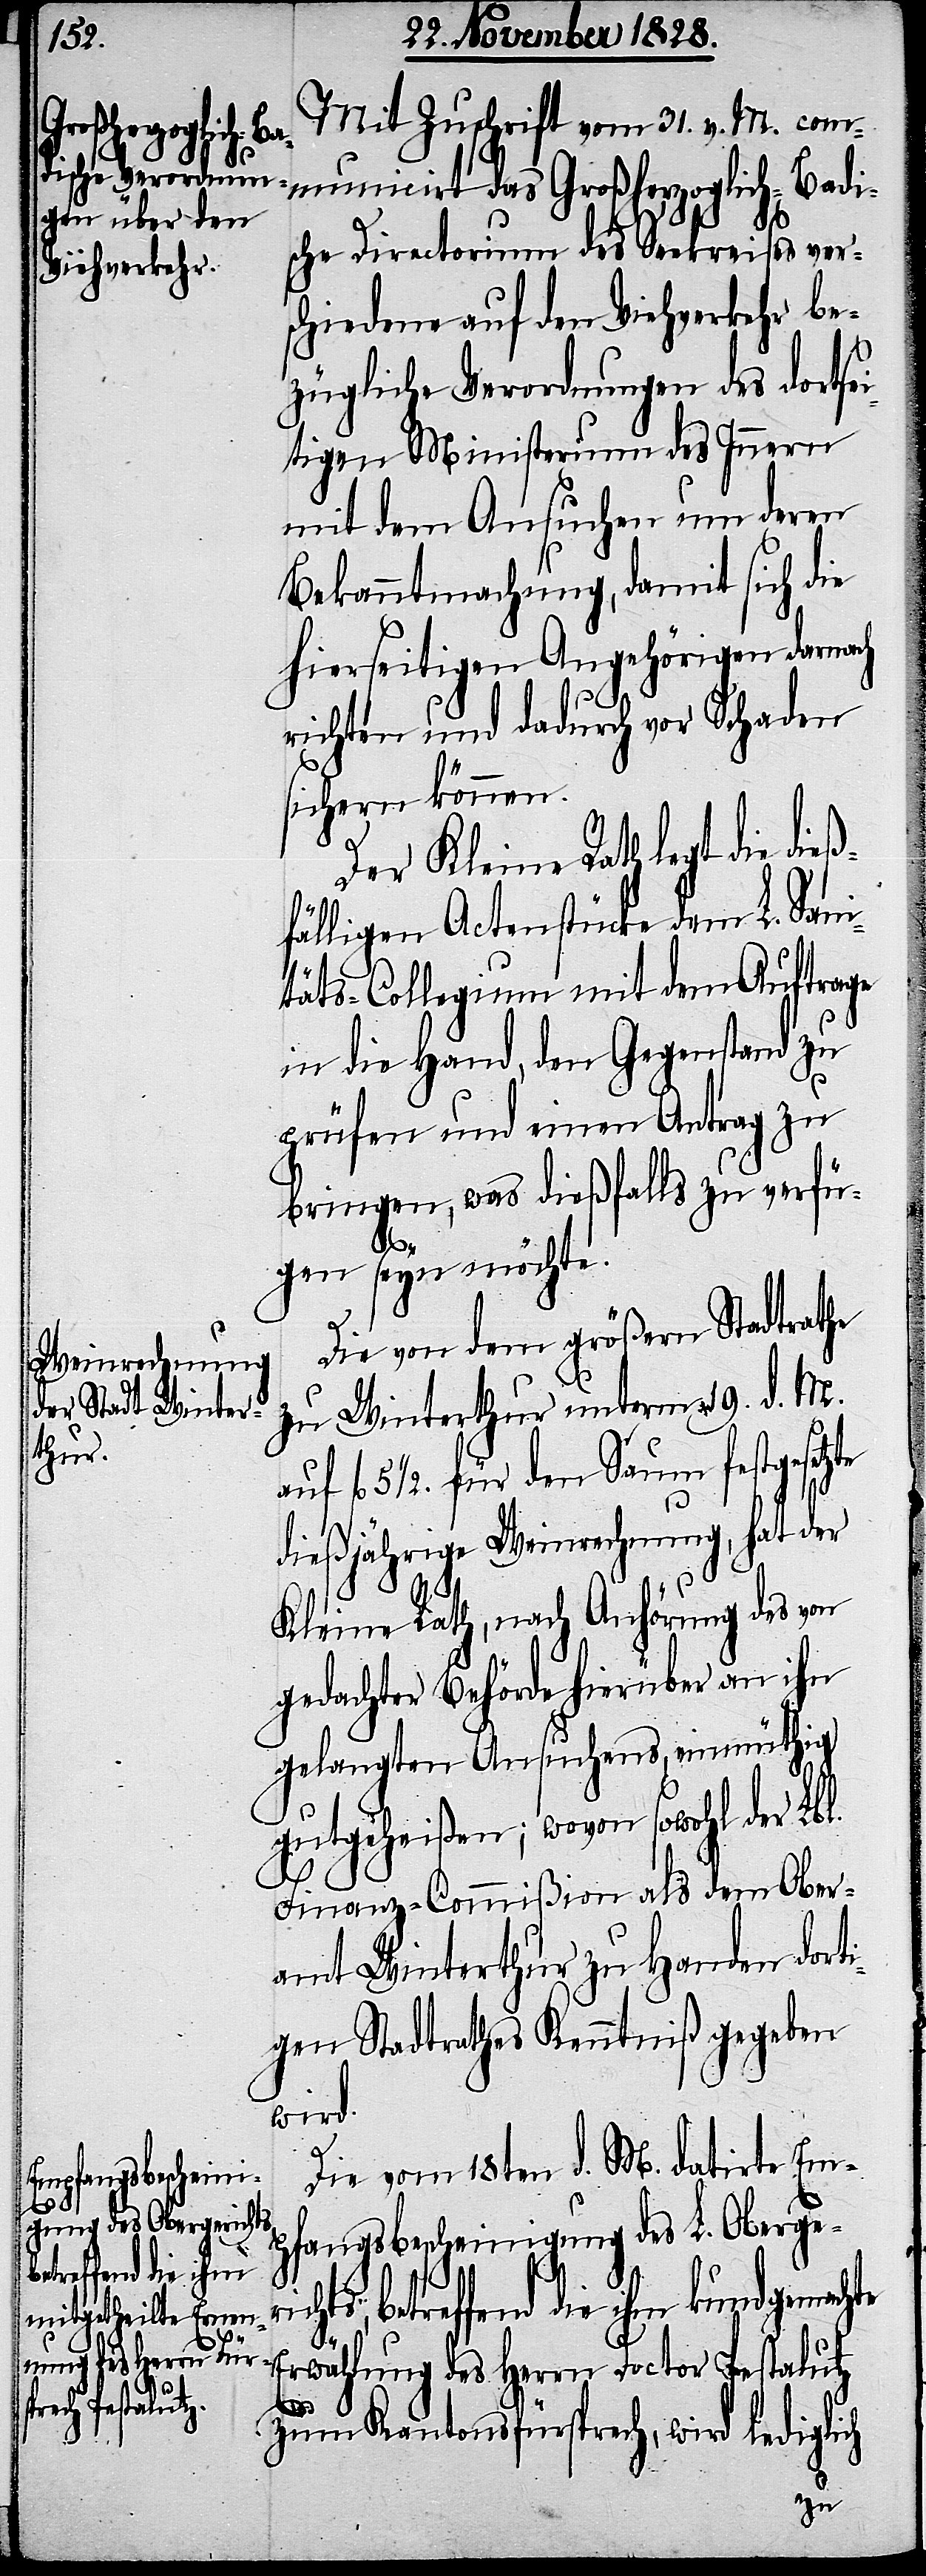
richts, b¬

Mit Zuschrift vom 31. v. M. com¬
municirt das Großherzoglich-Badi¬
sche Directorium des Seekreises ver¬
schiedene auf den Viehverkehr be¬
zügliche Verordnungen des dortse¬
itigen Ministerium des Innern
mit dem Ansuchen um deren
Bekanntmachung, damit sich die
hierseitigen Angehörigen darnach
richten und dadurch vor Schaden
sichern können.
Der Kleine Rath legt die
fälligen Actenstücke dem L. Sani¬
täts-Collegium mit dem Auftrage
in die Hand, den Gegenstand zu
prüfen und einen Antrag zu
bringen, was dießfalls zu verfü¬
te
gen seyn möchte.
l.
Die von dem größern Stadtrathe
zu Winterthur unterm 19. d. M.
fl. 5 1/2 für den Saum festgesetz¬
dießjährige Weinrechnung, hat der
Kleine Rath, nach Anhörung des von
gedachter Behörde hierüber an ihn
gelangten Ansuchens, einmüthig
gutgeheißen; wovon sowohl der Lb¬
Finanz-Commißion als dem Ober¬
amt Winterthur zu Handen dorti¬
gen Stadtrathes Kenntniß gegeben
wird.
Die vom 18ten d. M. datirte Em¬
pfangsbescheinigung des L. Oberge¬
etreffend die ihm kundgemach¬
Erwählung des Herrn Doctor Pestalutz
zum Kantonsfürsprech, wird lediglich